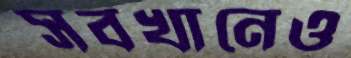
সবখানেও